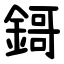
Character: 鎶